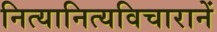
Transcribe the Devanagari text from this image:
नित्यानित्यविचारानें